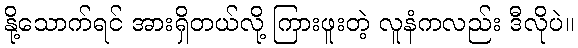
နို့သောက်ရင် အားရှိတယ်လို့ ကြားဖူးတဲ့ လူနံကလည်း ဒီလိုပဲ။